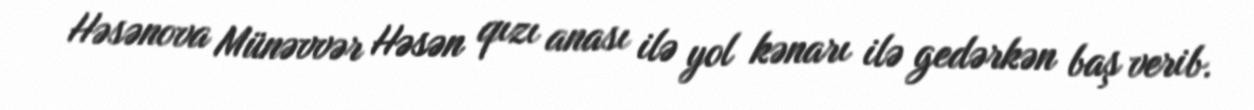
Həsənova Münəvvər Həsən qızı anası ilə yol kənarı ilə gedərkən baş verib.